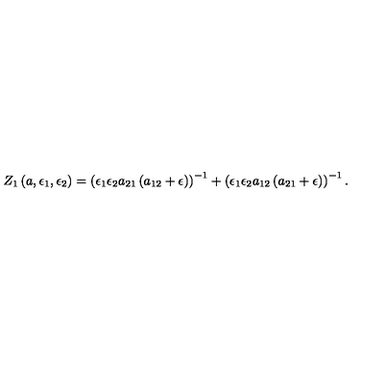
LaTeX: Z _ { 1 } \left( a , \epsilon _ { 1 } , \epsilon _ { 2 } \right) = \left( \epsilon _ { 1 } \epsilon _ { 2 } a _ { 2 1 } \left( a _ { 1 2 } + \epsilon \right) \right) ^ { - 1 } + \left( \epsilon _ { 1 } \epsilon _ { 2 } a _ { 1 2 } \left( a _ { 2 1 } + \epsilon \right) \right) ^ { - 1 } .